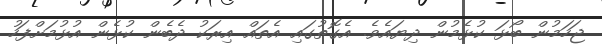
ޖަހަމުން ބޯޅަ ކުޅެމުން ދިޔައެވެ. އެގޮތުގައި އެތައް އިރަކު ދެބެން ކުޅެން އުޅުމަށްފަހު